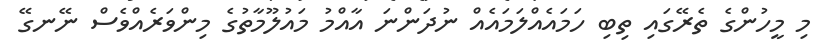
މި މީހުންގެ ތެރޭގައި ތިބި ހަމައެއްލަމައެއް ނުދަންނަ އާއްމު މައުލޫމާތުގެ މިންވަރެއްވެސް ނޭނގޭ